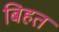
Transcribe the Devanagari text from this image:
बिहत